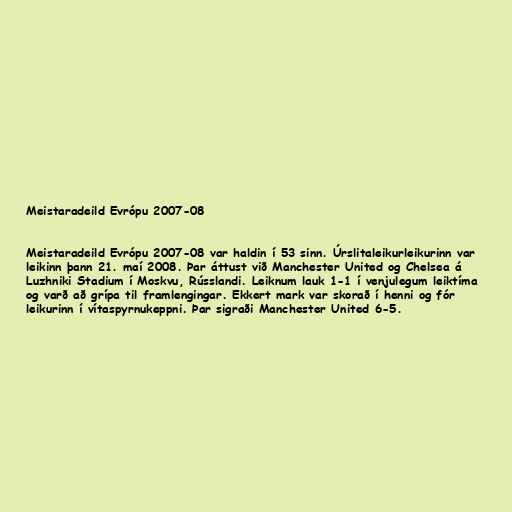
Meistaradeild Evrópu 2007-08

Meistaradeild Evrópu 2007-08 var haldin í 53 sinn. Úrslitaleikurleikurinn var
leikinn þann 21. maí 2008. Þar áttust við Manchester United og Chelsea á
Luzhniki Stadium í Moskvu, Rússlandi. Leiknum lauk 1-1 í venjulegum leiktíma
og varð að grípa til framlengingar. Ekkert mark var skorað í henni og fór
leikurinn í vítaspyrnukeppni. Þar sigraði Manchester United 6-5.